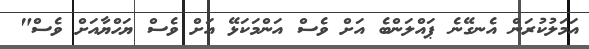
އަމަލުކުރަން އެނގޭނެ ޕައްލަންބެ އަށް ވެސް އަންމަކަޅޭ އަށް ވެސް ޔަހްޔާއަށް ވެސް"